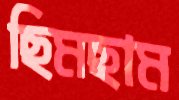
ছিমছাম